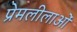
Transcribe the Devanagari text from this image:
प्रेमलीलाओं